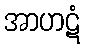
အာဟဋံ